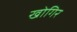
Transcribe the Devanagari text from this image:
खोगिर